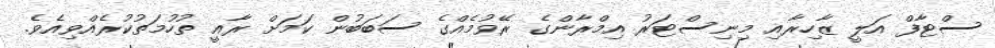
ސްޓާފް އަލީ ޒާހިރާއި މިނިސްޓަރު އިމްރާންގެ ރޭވުމެއްގެ ސަބަބުން ކަމަށް ރާއީ ތުހުމަތުކުރެއްވިއެވެ.